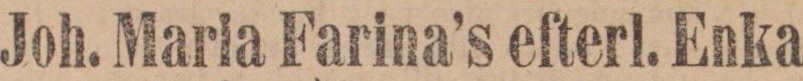
Joh. Maria Farina’s efterl. Enka